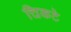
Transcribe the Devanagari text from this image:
चिकटे